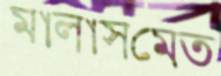
মালাসমেত